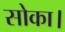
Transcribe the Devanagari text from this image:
सोका।